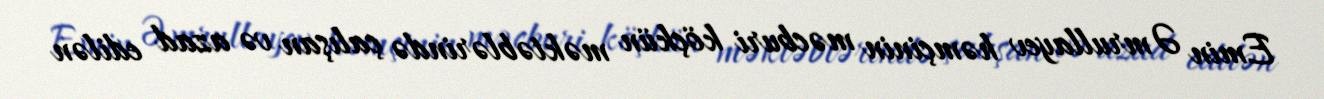
Emin Əmrullayev həmçinin məcburi köçkün məktəblərində çalışan və azad edilən